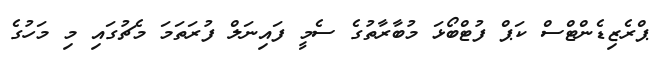
ޕްރެޒިޑެންޓްސް ކަޕް ފުޓްބޯޅަ މުބާރާތުގެ ސެމީ ފައިނަލް ފުރަތަމަ މެޗުގައި މި މަހުގެ